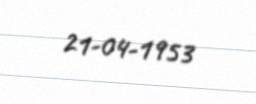
21-04-1953